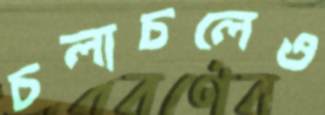
চলাচলেও